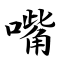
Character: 嘴